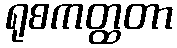
ရုစကတ္ထတာ